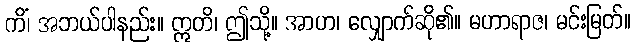
ကိံ၊ အဘယ်ပါနည်း။ ဣတိ၊ ဤသို့။ အာဟ၊ လျှောက်ဆို၏။ မဟာရာဇ၊ မင်းမြတ်။